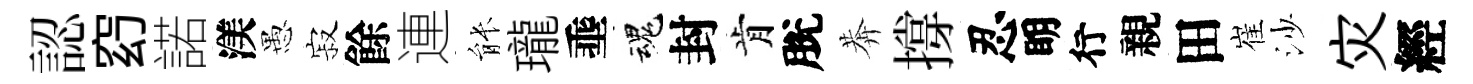
認𥥆諾渼愚寂餘連䏻瓏埀魂封肯脫莾撐忍眀行親田崔沙灾經